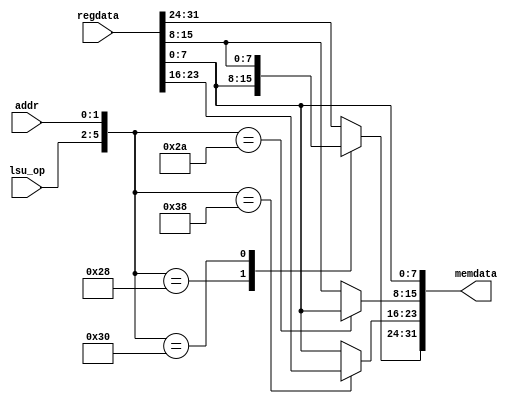
`define OR1200_DCFGR_NDP		3'h0	// Zero DVR/DCR pairs
`define OR1200_DCFGR_WPCI		1'b0	// WP counters not impl.
`define OR1200_DCFGR_RES1		28'h0000000
`define OR1200_M2R_BYTE0 4'b0000
`define OR1200_M2R_BYTE1 4'b0001
`define OR1200_M2R_BYTE2 4'b0010
`define OR1200_M2R_BYTE3 4'b0011
`define OR1200_M2R_EXTB0 4'b0100
`define OR1200_M2R_EXTB1 4'b0101
`define OR1200_M2R_EXTB2 4'b0110
`define OR1200_M2R_EXTB3 4'b0111
`define OR1200_M2R_ZERO  4'b0000
`define OR1200_ICCFGR_NCW		3'h0	// 1 cache way
`define OR1200_ICCFGR_NCS 9	// Num cache sets
`define OR1200_ICCFGR_CBS 9	// 16 byte cache block
`define OR1200_ICCFGR_CWS		1'b0	// Irrelevant
`define OR1200_ICCFGR_CCRI		1'b1	// Cache control reg impl.
`define OR1200_ICCFGR_CBIRI		1'b1	// Cache block inv reg impl.
`define OR1200_ICCFGR_CBPRI		1'b0	// Cache block prefetch reg not impl.
`define OR1200_ICCFGR_CBLRI		1'b0	// Cache block lock reg not impl.
`define OR1200_ICCFGR_CBFRI		1'b1	// Cache block flush reg impl.
`define OR1200_ICCFGR_CBWBRI		1'b0	// Irrelevant
`define OR1200_ICCFGR_RES1		17'h00000
//`define OR1200_ICCFGR_NCW_BITS		2:0
//`define OR1200_ICCFGR_NCS_BITS		6:3
`define OR1200_ICCFGR_CBS_BITS		7
`define OR1200_ICCFGR_CWS_BITS		8
`define OR1200_ICCFGR_CCRI_BITS		9
`define OR1200_ICCFGR_CBIRI_BITS	10
`define OR1200_ICCFGR_CBPRI_BITS	11
`define OR1200_ICCFGR_CBLRI_BITS	12
`define OR1200_ICCFGR_CBFRI_BITS	13
`define OR1200_ICCFGR_CBWBRI_BITS	14
//`define OR1200_ICCFGR_RES1_BITS	31:15
`define OR1200_DCCFGR_NCW		3'h0	// 1 cache way
`define OR1200_DCCFGR_NCS 9	// Num cache sets
`define OR1200_DCCFGR_CBS 9	// 16 byte cache block
`define OR1200_DCCFGR_CWS		1'b0	// Write-through strategy
`define OR1200_DCCFGR_CCRI		1'b1	// Cache control reg impl.
`define OR1200_DCCFGR_CBIRI		1'b1	// Cache block inv reg impl.
`define OR1200_DCCFGR_CBPRI		1'b0	// Cache block prefetch reg not impl.
`define OR1200_DCCFGR_CBLRI		1'b0	// Cache block lock reg not impl.
`define OR1200_DCCFGR_CBFRI		1'b1	// Cache block flush reg impl.
`define OR1200_DCCFGR_CBWBRI		1'b0	// Cache block WB reg not impl.
`define OR1200_DCCFGR_RES1		17'h00000
//`define OR1200_DCCFGR_NCW_BITS		2:0
//`define OR1200_DCCFGR_NCS_BITS		6:3
`define OR1200_DCCFGR_CBS_BITS		7
`define OR1200_DCCFGR_CWS_BITS		8
`define OR1200_DCCFGR_CCRI_BITS		9
`define OR1200_DCCFGR_CBIRI_BITS	10
`define OR1200_DCCFGR_CBPRI_BITS	11
`define OR1200_DCCFGR_CBLRI_BITS	12
`define OR1200_DCCFGR_CBFRI_BITS	13
`define OR1200_DCCFGR_CBWBRI_BITS	14
//`define OR1200_DCCFGR_RES1_BITS	31:15
`define OR1200_IMMUCFGR_NTW		2'h0	// 1 TLB way
`define OR1200_IMMUCFGR_NTS 3'b101	// Num TLB sets
`define OR1200_IMMUCFGR_NAE		3'h0	// No ATB entry
`define OR1200_IMMUCFGR_CRI		1'b0	// No control reg
`define OR1200_IMMUCFGR_PRI		1'b0	// No protection reg
`define OR1200_IMMUCFGR_TEIRI		1'b1	// TLB entry inv reg impl
`define OR1200_IMMUCFGR_HTR		1'b0	// No HW TLB reload
`define OR1200_IMMUCFGR_RES1		20'h00000
//`define OR1200_CPUCFGR_NSGF_BITS	3:0
`define OR1200_CPUCFGR_HGF_BITS	4
`define OR1200_CPUCFGR_OB32S_BITS	5
`define OR1200_CPUCFGR_OB64S_BITS	6
`define OR1200_CPUCFGR_OF32S_BITS	7
`define OR1200_CPUCFGR_OF64S_BITS	8
`define OR1200_CPUCFGR_OV64S_BITS	9
//`define OR1200_CPUCFGR_RES1_BITS	31:10
`define OR1200_CPUCFGR_NSGF		4'h0
`define OR1200_CPUCFGR_HGF		1'b0
`define OR1200_CPUCFGR_OB32S		1'b1
`define OR1200_CPUCFGR_OB64S		1'b0
`define OR1200_CPUCFGR_OF32S		1'b0
`define OR1200_CPUCFGR_OF64S		1'b0
`define OR1200_CPUCFGR_OV64S		1'b0
`define OR1200_CPUCFGR_RES1		22'h000000
`define OR1200_DMMUCFGR_NTW_BITS	1:0
`define OR1200_DMMUCFGR_NTS_BITS	4:2
`define OR1200_DMMUCFGR_NAE_BITS	7:5
`define OR1200_DMMUCFGR_CRI_BITS	8
`define OR1200_DMMUCFGR_PRI_BITS	9
`define OR1200_DMMUCFGR_TEIRI_BITS	10
`define OR1200_DMMUCFGR_HTR_BITS	11
//`define OR1200_DMMUCFGR_RES1_BITS	31:12
`define OR1200_DMMUCFGR_NTW		2'h0	// 1 TLB way
`define OR1200_DMMUCFGR_NTS 3'b110	// Num TLB sets
`define OR1200_DMMUCFGR_NAE		3'h0	// No ATB entries
`define OR1200_DMMUCFGR_CRI		1'b0	// No control register
`define OR1200_DMMUCFGR_PRI		1'b0	// No protection reg
`define OR1200_DMMUCFGR_TEIRI		1'b1	// TLB entry inv reg impl.
`define OR1200_DMMUCFGR_HTR		1'b0	// No HW TLB reload
`define OR1200_DMMUCFGR_RES1		20'h00000
`define OR1200_IMMUCFGR_NTW_BITS	1:0
`define OR1200_IMMUCFGR_NTS_BITS	4:2
`define OR1200_IMMUCFGR_NAE_BITS	7:5
`define OR1200_IMMUCFGR_CRI_BITS	8
`define OR1200_IMMUCFGR_PRI_BITS	9
`define OR1200_IMMUCFGR_TEIRI_BITS	10
`define OR1200_IMMUCFGR_HTR_BITS	11
//`define OR1200_IMMUCFGR_RES1_BITS	31:12
`define OR1200_SPRGRP_SYS_VR		4'h0
`define OR1200_SPRGRP_SYS_UPR		4'h1
`define OR1200_SPRGRP_SYS_CPUCFGR	4'h2
`define OR1200_SPRGRP_SYS_DMMUCFGR	4'h3
`define OR1200_SPRGRP_SYS_IMMUCFGR	4'h4
`define OR1200_SPRGRP_SYS_DCCFGR	4'h5
`define OR1200_SPRGRP_SYS_ICCFGR	4'h6
`define OR1200_SPRGRP_SYS_DCFGR	4'h7
`define OR1200_VR_REV_BITS		5:0
`define OR1200_VR_RES1_BITS		15:6
`define OR1200_VR_CFG_BITS		23:16
`define OR1200_VR_VER_BITS		31:24
`define OR1200_VR_REV			6'h01
`define OR1200_VR_RES1			10'h000
`define OR1200_VR_CFG			8'h00
`define OR1200_VR_VER			8'h12
`define OR1200_UPR_UP_BITS		0
`define OR1200_UPR_DCP_BITS		1
`define OR1200_UPR_ICP_BITS		2
`define OR1200_UPR_DMP_BITS		3
`define OR1200_UPR_IMP_BITS		4
`define OR1200_UPR_MP_BITS		5
`define OR1200_UPR_DUP_BITS		6
`define OR1200_UPR_PCUP_BITS		7
`define OR1200_UPR_PMP_BITS		8
`define OR1200_UPR_PICP_BITS		9
`define OR1200_UPR_TTP_BITS		10
`define OR1200_UPR_RES1_BITS		23:11
`define OR1200_UPR_CUP_BITS		31:24
`define OR1200_UPR_RES1			13'h0000
`define OR1200_UPR_CUP			8'h00
`define OR1200_DU_DSR_WIDTH 14
`define OR1200_EXCEPT_UNUSED		3'hf
`define OR1200_EXCEPT_TRAP		3'he
`define OR1200_EXCEPT_BREAK		3'hd
`define OR1200_EXCEPT_SYSCALL		3'hc
`define OR1200_EXCEPT_RANGE		3'hb
`define OR1200_EXCEPT_ITLBMISS		3'ha
`define OR1200_EXCEPT_DTLBMISS		3'h9
`define OR1200_EXCEPT_INT		3'h8
`define OR1200_EXCEPT_ILLEGAL		3'h7
`define OR1200_EXCEPT_ALIGN		3'h6
`define OR1200_EXCEPT_TICK		3'h5
`define OR1200_EXCEPT_IPF		3'h4
`define OR1200_EXCEPT_DPF		3'h3
`define OR1200_EXCEPT_BUSERR		3'h2
`define OR1200_EXCEPT_RESET		3'h1
`define OR1200_EXCEPT_NONE		3'h0
`define OR1200_OPERAND_WIDTH		32
`define OR1200_REGFILE_ADDR_WIDTH	5
`define OR1200_ALUOP_WIDTH	4
`define OR1200_ALUOP_NOP	4'b000
`define OR1200_ALUOP_ADD	4'b0000
`define OR1200_ALUOP_ADDC	4'b0001
`define OR1200_ALUOP_SUB	4'b0010
`define OR1200_ALUOP_AND	4'b0011
`define OR1200_ALUOP_OR		4'b0100
`define OR1200_ALUOP_XOR	4'b0101
`define OR1200_ALUOP_MUL	4'b0110
`define OR1200_ALUOP_CUST5	4'b0111
`define OR1200_ALUOP_SHROT	4'b1000
`define OR1200_ALUOP_DIV	4'b1001
`define OR1200_ALUOP_DIVU	4'b1010
`define OR1200_ALUOP_IMM	4'b1011
`define OR1200_ALUOP_MOVHI	4'b1100
`define OR1200_ALUOP_COMP	4'b1101
`define OR1200_ALUOP_MTSR	4'b1110
`define OR1200_ALUOP_MFSR	4'b1111
`define OR1200_ALUOP_CMOV 4'b1110
`define OR1200_ALUOP_FF1  4'b1111
`define OR1200_MACOP_WIDTH	2
`define OR1200_MACOP_NOP	2'b00
`define OR1200_MACOP_MAC	2'b01
`define OR1200_MACOP_MSB	2'b10
`define OR1200_SHROTOP_WIDTH	2
`define OR1200_SHROTOP_NOP	2'b00
`define OR1200_SHROTOP_SLL	2'b00
`define OR1200_SHROTOP_SRL	2'b01
`define OR1200_SHROTOP_SRA	2'b10
`define OR1200_SHROTOP_ROR	2'b11
`define OR1200_MULTICYCLE_WIDTH	2
`define OR1200_ONE_CYCLE		2'b00
`define OR1200_TWO_CYCLES		2'b01
`define OR1200_SEL_WIDTH		2
`define OR1200_SEL_RF			2'b00
`define OR1200_SEL_IMM			2'b01
`define OR1200_SEL_EX_FORW		2'b10
`define OR1200_SEL_WB_FORW		2'b11
`define OR1200_BRANCHOP_WIDTH		3
`define OR1200_BRANCHOP_NOP		3'b000
`define OR1200_BRANCHOP_J		3'b001
`define OR1200_BRANCHOP_JR		3'b010
`define OR1200_BRANCHOP_BAL		3'b011
`define OR1200_BRANCHOP_BF		3'b100
`define OR1200_BRANCHOP_BNF		3'b101
`define OR1200_BRANCHOP_RFE		3'b110
`define OR1200_LSUOP_WIDTH		4
`define OR1200_LSUOP_NOP		4'b0000
`define OR1200_LSUOP_LBZ		4'b0010
`define OR1200_LSUOP_LBS		4'b0011
`define OR1200_LSUOP_LHZ		4'b0100
`define OR1200_LSUOP_LHS		4'b0101
`define OR1200_LSUOP_LWZ		4'b0110
`define OR1200_LSUOP_LWS		4'b0111
`define OR1200_LSUOP_LD		4'b0001
`define OR1200_LSUOP_SD		4'b1000
`define OR1200_LSUOP_SB		4'b1010
`define OR1200_LSUOP_SH		4'b1100
`define OR1200_LSUOP_SW		4'b1110
`define OR1200_FETCHOP_WIDTH		1
`define OR1200_FETCHOP_NOP		1'b0
`define OR1200_FETCHOP_LW		1'b1
`define OR1200_RFWBOP_WIDTH		3
`define OR1200_RFWBOP_NOP		3'b000
`define OR1200_RFWBOP_ALU		3'b001
`define OR1200_RFWBOP_LSU		3'b011
`define OR1200_RFWBOP_SPRS		3'b101
`define OR1200_RFWBOP_LR		3'b111
`define OR1200_COP_SFEQ       3'b000
`define OR1200_COP_SFNE       3'b001
`define OR1200_COP_SFGT       3'b010
`define OR1200_COP_SFGE       3'b011
`define OR1200_COP_SFLT       3'b100
`define OR1200_COP_SFLE       3'b101
`define OR1200_COP_X          3'b111
`define OR1200_SIGNED_COMPARE 3'b011
`define OR1200_COMPOP_WIDTH	4
`define OR1200_ITAG_IDLE	4'h0	// idle bus
`define	OR1200_ITAG_NI		4'h1	// normal insn
`define OR1200_ITAG_BE		4'hb	// Bus error exception
`define OR1200_ITAG_PE		4'hc	// Page fault exception
`define OR1200_ITAG_TE		4'hd	// TLB miss exception
`define OR1200_DTAG_IDLE	4'h0	// idle bus
`define	OR1200_DTAG_ND		4'h1	// normal data
`define OR1200_DTAG_AE		4'ha	// Alignment exception
`define OR1200_DTAG_BE		4'hb	// Bus error exception
`define OR1200_DTAG_PE		4'hc	// Page fault exception
`define OR1200_DTAG_TE		4'hd	// TLB miss exception
`define OR1200_DU_DSR_RSTE	0
`define OR1200_DU_DSR_BUSEE	1
`define OR1200_DU_DSR_DPFE	2
`define OR1200_DU_DSR_IPFE	3
`define OR1200_DU_DSR_TTE	4
`define OR1200_DU_DSR_AE	5
`define OR1200_DU_DSR_IIE	6
`define OR1200_DU_DSR_IE	7
`define OR1200_DU_DSR_DME	8
`define OR1200_DU_DSR_IME	9
`define OR1200_DU_DSR_RE	10
`define OR1200_DU_DSR_SCE	11
`define OR1200_DU_DSR_BE	12
`define OR1200_DU_DSR_TE	13
//`define OR1200_SHROTOP_POS		7:6
//`define OR1200_ALUMCYC_POS		9:8
`define OR1200_OR32_J                 6'b000000
`define OR1200_OR32_JAL               6'b000001
`define OR1200_OR32_BNF               6'b000011
`define OR1200_OR32_BF                6'b000100
`define OR1200_OR32_NOP               6'b000101
`define OR1200_OR32_MOVHI             6'b000110
`define OR1200_OR32_XSYNC             6'b001000
`define OR1200_OR32_RFE               6'b001001
`define OR1200_OR32_JR                6'b010001
`define OR1200_OR32_JALR              6'b010010
`define OR1200_OR32_MACI              6'b010011
`define OR1200_OR32_LWZ               6'b100001
`define OR1200_OR32_LBZ               6'b100011
`define OR1200_OR32_LBS               6'b100100
`define OR1200_OR32_LHZ               6'b100101
`define OR1200_OR32_LHS               6'b100110
`define OR1200_OR32_ADDI              6'b100111
`define OR1200_OR32_ADDIC             6'b101000
`define OR1200_OR32_ANDI              6'b101001
`define OR1200_OR32_ORI               6'b101010
`define OR1200_OR32_XORI              6'b101011
`define OR1200_OR32_MULI              6'b101100
`define OR1200_OR32_MFSPR             6'b101101
`define OR1200_OR32_SH_ROTI 	      6'b101110
`define OR1200_OR32_SFXXI             6'b101111
`define OR1200_OR32_MTSPR             6'b110000
`define OR1200_OR32_MACMSB            6'b110001
`define OR1200_OR32_SW                6'b110101
`define OR1200_OR32_SB                6'b110110
`define OR1200_OR32_SH                6'b110111
`define OR1200_OR32_ALU               6'b111000
`define OR1200_OR32_SFXX              6'b111001
`define OR1200_OR32_CUST5             6'b111100
`define OR1200_EXCEPT_EPH0_P 20'h00000
`define OR1200_EXCEPT_EPH1_P 20'hF0000
`define OR1200_EXCEPT_V		   8'h00
`define OR1200_EXCEPT_WIDTH 4
`define OR1200_SPR_GROUP_SYS	5'b00000
`define OR1200_SPR_GROUP_DMMU	5'b00001
`define OR1200_SPR_GROUP_IMMU	5'b00010
`define OR1200_SPR_GROUP_DC	5'b00011
`define OR1200_SPR_GROUP_IC	5'b00100
`define OR1200_SPR_GROUP_MAC	5'b00101
`define OR1200_SPR_GROUP_DU	5'b00110
`define OR1200_SPR_GROUP_PM	5'b01000
`define OR1200_SPR_GROUP_PIC	5'b01001
`define OR1200_SPR_GROUP_TT	5'b01010
`define OR1200_SPR_CFGR		7'b0000000
`define OR1200_SPR_RF		6'b100000	// 1024 >> 5
`define OR1200_SPR_NPC		11'b00000010000
`define OR1200_SPR_SR		11'b00000010001
`define OR1200_SPR_PPC		11'b00000010010
`define OR1200_SPR_EPCR		11'b00000100000
`define OR1200_SPR_EEAR		11'b00000110000
`define OR1200_SPR_ESR		11'b00001000000
`define OR1200_SR_WIDTH 16
`define OR1200_SR_SM   0
`define OR1200_SR_TEE  1
`define OR1200_SR_IEE  2
`define OR1200_SR_DCE  3
`define OR1200_SR_ICE  4
`define OR1200_SR_DME  5
`define OR1200_SR_IME  6
`define OR1200_SR_LEE  7
`define OR1200_SR_CE   8
`define OR1200_SR_F    9
`define OR1200_SR_CY   10	// Unused
`define OR1200_SR_OV   11	// Unused
`define OR1200_SR_OVE  12	// Unused
`define OR1200_SR_DSX  13	// Unused
`define OR1200_SR_EPH  14
`define OR1200_SR_FO   15
`define OR1200_SR_EPH_DEF	1'b0
`define OR1200_PM_PMR_DME 4
`define OR1200_PM_PMR_SME 5
`define OR1200_PM_PMR_DCGE 6
`define OR1200_PM_OFS_PMR 11'b0
`define OR1200_SPRGRP_PM 5'b01000
`define OR1200_PIC_INTS 20
`define OR1200_PIC_OFS_PICMR 2'b00
`define OR1200_PIC_OFS_PICSR 2'b10
`define OR1200_TT_OFS_TTMR 1'b0
`define OR1200_TT_OFS_TTCR 1'b1
`define OR1200_TTOFS_BITS 0
`define OR1200_TT_TTMR_IP 28
`define OR1200_TT_TTMR_IE 29
`define OR1200_MAC_ADDR		0	// MACLO 0xxxxxxxx1, MACHI 0xxxxxxxx0
`define OR1200_MAC_SHIFTBY	0	// 0 = According to arch manual, 28 = obsolete backward compatibility
`define OR1200_DTLB_TM_ADDR	7
`define	OR1200_DTLBMR_V_BITS	0
`define	OR1200_DTLBTR_CC_BITS	0
`define	OR1200_DTLBTR_CI_BITS	1
`define	OR1200_DTLBTR_WBC_BITS	2
`define	OR1200_DTLBTR_WOM_BITS	3
`define	OR1200_DTLBTR_A_BITS	4
`define	OR1200_DTLBTR_D_BITS	5
`define	OR1200_DTLBTR_URE_BITS	6
`define	OR1200_DTLBTR_UWE_BITS	7
`define	OR1200_DTLBTR_SRE_BITS	8
`define	OR1200_DTLBTR_SWE_BITS	9
`define	OR1200_DMMU_PS		13					// 13 for 8KB page size
`define	OR1200_DTLB_INDXW	6							// +5 because of protection bits and CI
`define OR1200_ITLB_TM_ADDR	7
`define	OR1200_ITLBMR_V_BITS	0
`define	OR1200_ITLBTR_CC_BITS	0
`define	OR1200_ITLBTR_CI_BITS	1
`define	OR1200_ITLBTR_WBC_BITS	2
`define	OR1200_ITLBTR_WOM_BITS	3
`define	OR1200_ITLBTR_A_BITS	4
`define	OR1200_ITLBTR_D_BITS	5
`define	OR1200_ITLBTR_SXE_BITS	6
`define	OR1200_ITLBTR_UXE_BITS	7
`define	OR1200_IMMU_PS 13					
`define	OR1200_ITLB_INDXW	6			
`define OR1200_IMMU_CI			1'b0
`define OR1200_ICLS		4
`define OR1200_DCLS		4
// `define OR1200_DC_STORE_REFILL
`define OR1200_DCSIZE			12			// 4096
`define	OR1200_DCTAG_W			21
//`define OR1200_SB_IMPLEMENTED
`define OR1200_SB_LOG		2	// 2 or 3
`define OR1200_SB_ENTRIES	4	// 4 or 8
`define OR1200_QMEM_IADDR	32'h00800000
`define OR1200_QMEM_IMASK	32'hfff00000	// Max QMEM size 1MB
`define OR1200_QMEM_DADDR  32'h00800000
`define OR1200_QMEM_DMASK  32'hfff00000 // Max QMEM size 1MB
//`define OR1200_QMEM_BSEL
//`define OR1200_QMEM_ACK
`define OR1200_SPRGRP_SYS_VR		4'h0
`define OR1200_SPRGRP_SYS_UPR		4'h1
`define OR1200_SPRGRP_SYS_CPUCFGR	4'h2
`define OR1200_SPRGRP_SYS_DMMUCFGR	4'h3
`define OR1200_SPRGRP_SYS_IMMUCFGR	4'h4
`define OR1200_SPRGRP_SYS_DCCFGR	4'h5
`define OR1200_SPRGRP_SYS_ICCFGR	4'h6
`define OR1200_SPRGRP_SYS_DCFGR	4'h7
`define OR1200_VR_REV			6'h01
`define OR1200_VR_RES1			10'h000
`define OR1200_VR_CFG			8'h00
`define OR1200_VR_VER			8'h12
`define OR1200_UPR_UP			1'b1
`define OR1200_UPR_DCP			1'b1
`define OR1200_UPR_ICP			1'b1
`define OR1200_UPR_DMP			1'b1
`define OR1200_UPR_IMP			1'b1
`define OR1200_UPR_MP			1'b1	// MAC always present
`define OR1200_UPR_DUP			1'b1
`define OR1200_UPR_PCUP			1'b0	// Performance counters not present
`define OR1200_UPR_PMP			1'b1
`define OR1200_UPR_PICP			1'b1
`define OR1200_UPR_TTP			1'b1
`define OR1200_UPR_RES1			13'h0000
`define OR1200_UPR_CUP			8'h00
`define OR1200_CPUCFGR_HGF_BITS	4
`define OR1200_CPUCFGR_OB32S_BITS	5
`define OR1200_CPUCFGR_OB64S_BITS	6
`define OR1200_CPUCFGR_OF32S_BITS	7
`define OR1200_CPUCFGR_OF64S_BITS	8
`define OR1200_CPUCFGR_OV64S_BITS	9
`define OR1200_CPUCFGR_NSGF		4'h0
`define OR1200_CPUCFGR_HGF		1'b0
`define OR1200_CPUCFGR_OB32S		1'b1
`define OR1200_CPUCFGR_OB64S		1'b0
`define OR1200_CPUCFGR_OF32S		1'b0
`define OR1200_CPUCFGR_OF64S		1'b0
`define OR1200_CPUCFGR_OV64S		1'b0
`define OR1200_CPUCFGR_RES1		22'h000000
`define OR1200_DMMUCFGR_CRI_BITS	8
`define OR1200_DMMUCFGR_PRI_BITS	9
`define OR1200_DMMUCFGR_TEIRI_BITS	10
`define OR1200_DMMUCFGR_HTR_BITS	11
`define OR1200_DMMUCFGR_NTW		2'h0	// 1 TLB way
`define OR1200_DMMUCFGR_NAE		3'h0	// No ATB entries
`define OR1200_DMMUCFGR_CRI		1'b0	// No control register
`define OR1200_DMMUCFGR_PRI		1'b0	// No protection reg
`define OR1200_DMMUCFGR_TEIRI		1'b1	// TLB entry inv reg impl.
`define OR1200_DMMUCFGR_HTR		1'b0	// No HW TLB reload
`define OR1200_DMMUCFGR_RES1		20'h00000
`define OR1200_IMMUCFGR_CRI_BITS	8
`define OR1200_IMMUCFGR_PRI_BITS	9
`define OR1200_IMMUCFGR_TEIRI_BITS	10
`define OR1200_IMMUCFGR_HTR_BITS	11
`define OR1200_IMMUCFGR_NTW		2'h0	// 1 TLB way
`define OR1200_IMMUCFGR_NAE		3'h0	// No ATB entry
`define OR1200_IMMUCFGR_CRI		1'b0	// No control reg
`define OR1200_IMMUCFGR_PRI		1'b0	// No protection reg
`define OR1200_IMMUCFGR_TEIRI		1'b1	// TLB entry inv reg impl
`define OR1200_IMMUCFGR_HTR		1'b0	// No HW TLB reload
`define OR1200_IMMUCFGR_RES1		20'h00000
`define OR1200_DCCFGR_CBS_BITS		7
`define OR1200_DCCFGR_CWS_BITS		8
`define OR1200_DCCFGR_CCRI_BITS		9
`define OR1200_DCCFGR_CBIRI_BITS	10
`define OR1200_DCCFGR_CBPRI_BITS	11
`define OR1200_DCCFGR_CBLRI_BITS	12
`define OR1200_DCCFGR_CBFRI_BITS	13
`define OR1200_DCCFGR_CBWBRI_BITS	14
`define OR1200_DCCFGR_NCW		3'h0	// 1 cache way
`define OR1200_DCCFGR_CWS		1'b0	// Write-through strategy
`define OR1200_DCCFGR_CCRI		1'b1	// Cache control reg impl.
`define OR1200_DCCFGR_CBIRI		1'b1	// Cache block inv reg impl.
`define OR1200_DCCFGR_CBPRI		1'b0	// Cache block prefetch reg not impl.
`define OR1200_DCCFGR_CBLRI		1'b0	// Cache block lock reg not impl.
`define OR1200_DCCFGR_CBFRI		1'b1	// Cache block flush reg impl.
`define OR1200_DCCFGR_CBWBRI		1'b0	// Cache block WB reg not impl.
`define OR1200_DCCFGR_RES1		17'h00000
`define OR1200_ICCFGR_CBS_BITS		7
`define OR1200_ICCFGR_CWS_BITS		8
`define OR1200_ICCFGR_CCRI_BITS		9
`define OR1200_ICCFGR_CBIRI_BITS	10
`define OR1200_ICCFGR_CBPRI_BITS	11
`define OR1200_ICCFGR_CBLRI_BITS	12
`define OR1200_ICCFGR_CBFRI_BITS	13
`define OR1200_ICCFGR_CBWBRI_BITS	14
`define OR1200_ICCFGR_NCW		3'h0	// 1 cache way
`define OR1200_ICCFGR_CWS		1'b0	// Irrelevant
`define OR1200_ICCFGR_CCRI		1'b1	// Cache control reg impl.
`define OR1200_ICCFGR_CBIRI		1'b1	// Cache block inv reg impl.
`define OR1200_ICCFGR_CBPRI		1'b0	// Cache block prefetch reg not impl.
`define OR1200_ICCFGR_CBLRI		1'b0	// Cache block lock reg not impl.
`define OR1200_ICCFGR_CBFRI		1'b1	// Cache block flush reg impl.
`define OR1200_ICCFGR_CBWBRI		1'b0	// Irrelevant
`define OR1200_ICCFGR_RES1		17'h00000
`define OR1200_DCFGR_WPCI_BITS		3
`define OR1200_DCFGR_NDP		3'h0	// Zero DVR/DCR pairs
`define OR1200_DCFGR_WPCI		1'b0	// WP counters not impl.
`define OR1200_DCFGR_RES1		28'h0000000
`define SIMULATION_MEMORY
`define OR1200_ITAG_IDLE	4'h0	// idle bus
`define	OR1200_ITAG_NI		4'h1	// normal insn
`define OR1200_ITAG_BE		4'hb	// Bus error exception
`define OR1200_ITAG_PE		4'hc	// Page fault exception
`define OR1200_ITAG_TE		4'hd	// TLB miss exception
`define OR1200_BRANCHOP_WIDTH		3
`define OR1200_BRANCHOP_NOP		3'b000
`define OR1200_BRANCHOP_J		3'b001
`define OR1200_BRANCHOP_JR		3'b010
`define OR1200_BRANCHOP_BAL		3'b011
`define OR1200_BRANCHOP_BF		3'b100
`define OR1200_BRANCHOP_BNF		3'b101
`define OR1200_BRANCHOP_RFE		3'b110
`define OR1200_EXCEPT_WIDTH 4
`define OR1200_EXCEPT_EPH0_P 20'h00000
`define OR1200_EXCEPT_EPH1_P 20'hF0000
`define OR1200_EXCEPT_V		   8'h00
`define OR1200_ITAG_IDLE	4'h0	// idle bus
`define	OR1200_ITAG_NI		4'h1	// normal insn
`define OR1200_ITAG_BE		4'hb	// Bus error exception
`define OR1200_ITAG_PE		4'hc	// Page fault exception
`define OR1200_ITAG_TE		4'hd	// TLB miss exception
`define OR1200_OR32_J                 6'b000000
`define OR1200_OR32_JAL               6'b000001
`define OR1200_OR32_BNF               6'b000011
`define OR1200_OR32_BF                6'b000100
`define OR1200_OR32_NOP               6'b000101
`define OR1200_OR32_MOVHI             6'b000110
`define OR1200_OR32_XSYNC             6'b001000
`define OR1200_OR32_RFE               6'b001001
`define OR1200_OR32_JR                6'b010001
`define OR1200_OR32_JALR              6'b010010
`define OR1200_OR32_MACI              6'b010011
`define OR1200_OR32_LWZ               6'b100001
`define OR1200_OR32_LBZ               6'b100011
`define OR1200_OR32_LBS               6'b100100
`define OR1200_OR32_LHZ               6'b100101
`define OR1200_OR32_LHS               6'b100110
`define OR1200_OR32_ADDI              6'b100111
`define OR1200_OR32_ADDIC             6'b101000
`define OR1200_OR32_ANDI              6'b101001
`define OR1200_OR32_ORI               6'b101010
`define OR1200_OR32_XORI              6'b101011
`define OR1200_OR32_MULI              6'b101100
`define OR1200_OR32_MFSPR             6'b101101
`define OR1200_OR32_SH_ROTI 	      6'b101110
`define OR1200_OR32_SFXXI             6'b101111
`define OR1200_OR32_MTSPR             6'b110000
`define OR1200_OR32_MACMSB            6'b110001
`define OR1200_OR32_SW                6'b110101
`define OR1200_OR32_SB                6'b110110
`define OR1200_OR32_SH                6'b110111
`define OR1200_OR32_ALU               6'b111000
`define OR1200_OR32_SFXX              6'b111001
//`define OR1200_OR32_CUST5             6'b111100
`define OR1200_NO_FREEZE	3'b000
`define OR1200_FREEZE_BYDC	3'b001
`define OR1200_FREEZE_BYMULTICYCLE	3'b010
`define OR1200_WAIT_LSU_TO_FINISH	3'b011
`define OR1200_WAIT_IC			3'b100
`define OR1200_EXCEPTFSM_WIDTH 3
`define OR1200_EXCEPTFSM_IDLE	3'b000
`define OR1200_EXCEPTFSM_FLU1 	3'b001
`define OR1200_EXCEPTFSM_FLU2 	3'b010
`define OR1200_EXCEPTFSM_FLU3 	3'b011
`define OR1200_EXCEPTFSM_FLU5 	3'b101
`define OR1200_EXCEPTFSM_FLU4 	3'b100

module or1200_reg2mem(addr, lsu_op, regdata, memdata);

//parameter width = `OR1200_OPERAND_WIDTH;

//
// I/O
//
input	[1:0]			addr;
input	[`OR1200_LSUOP_WIDTH-1:0]	lsu_op;
input	[32-1:0]		regdata;
output	[32-1:0]		memdata;

//
// Internal regs and wires
//
reg	[7:0]			memdata_hh;
reg	[7:0]			memdata_hl;
reg	[7:0]			memdata_lh;
reg	[7:0]			memdata_ll;

assign memdata = {memdata_hh, memdata_hl, memdata_lh, memdata_ll};

//
// Mux to memdata[31:24]
//
always @(lsu_op or addr or regdata) begin
	case({lsu_op, addr[1:0]})	// synopsys parallel_case
		{`OR1200_LSUOP_SB, 2'b00} : memdata_hh = regdata[7:0];
		{`OR1200_LSUOP_SH, 2'b00} : memdata_hh = regdata[15:8];
		default : memdata_hh = regdata[31:24];
	endcase
end

//
// Mux to memdata[23:16]
//
always @(lsu_op or addr or regdata) begin
	case({lsu_op, addr[1:0]})	// synopsys parallel_case
		{`OR1200_LSUOP_SW, 2'b00} : memdata_hl = regdata[23:16];
		default : memdata_hl = regdata[7:0];
	endcase
end

//
// Mux to memdata[15:8]
//
always @(lsu_op or addr or regdata) begin
	case({lsu_op, addr[1:0]})	// synopsys parallel_case
		{`OR1200_LSUOP_SB, 2'b10} : memdata_lh = regdata[7:0];
		default : memdata_lh = regdata[15:8];
	endcase
end

//
// Mux to memdata[7:0]
//
always @(regdata)
	memdata_ll = regdata[7:0];

endmodule